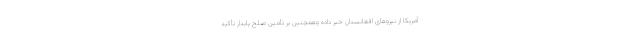
آمریکا از نیروهای افغانستان خبر داده وهمچنین بر تأمین صلح پایدار تأکید